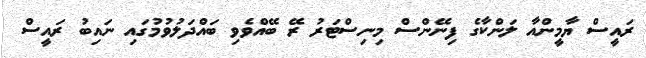
ރައީސް ޔާމީންއާ ލަންކާގެ ފިނޭންސް މިނިސްޓަރު ރޭ ބޭއްވެވި ބައްދަލުވުމުގައި ނައިބު ރައީސް